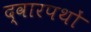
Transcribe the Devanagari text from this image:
द्वारपथों